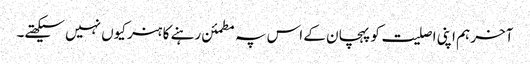
آخر ہم اپنی اصلیت کو پہچان کے اس پہ مطمئن رہنے کا ہنر کیوں نہیں سیکھتے۔